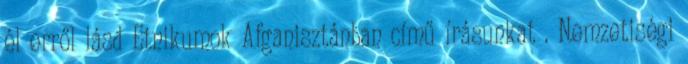
él erről lásd Etnikumok Afganisztánban című írásunkat . Nemzetiségi